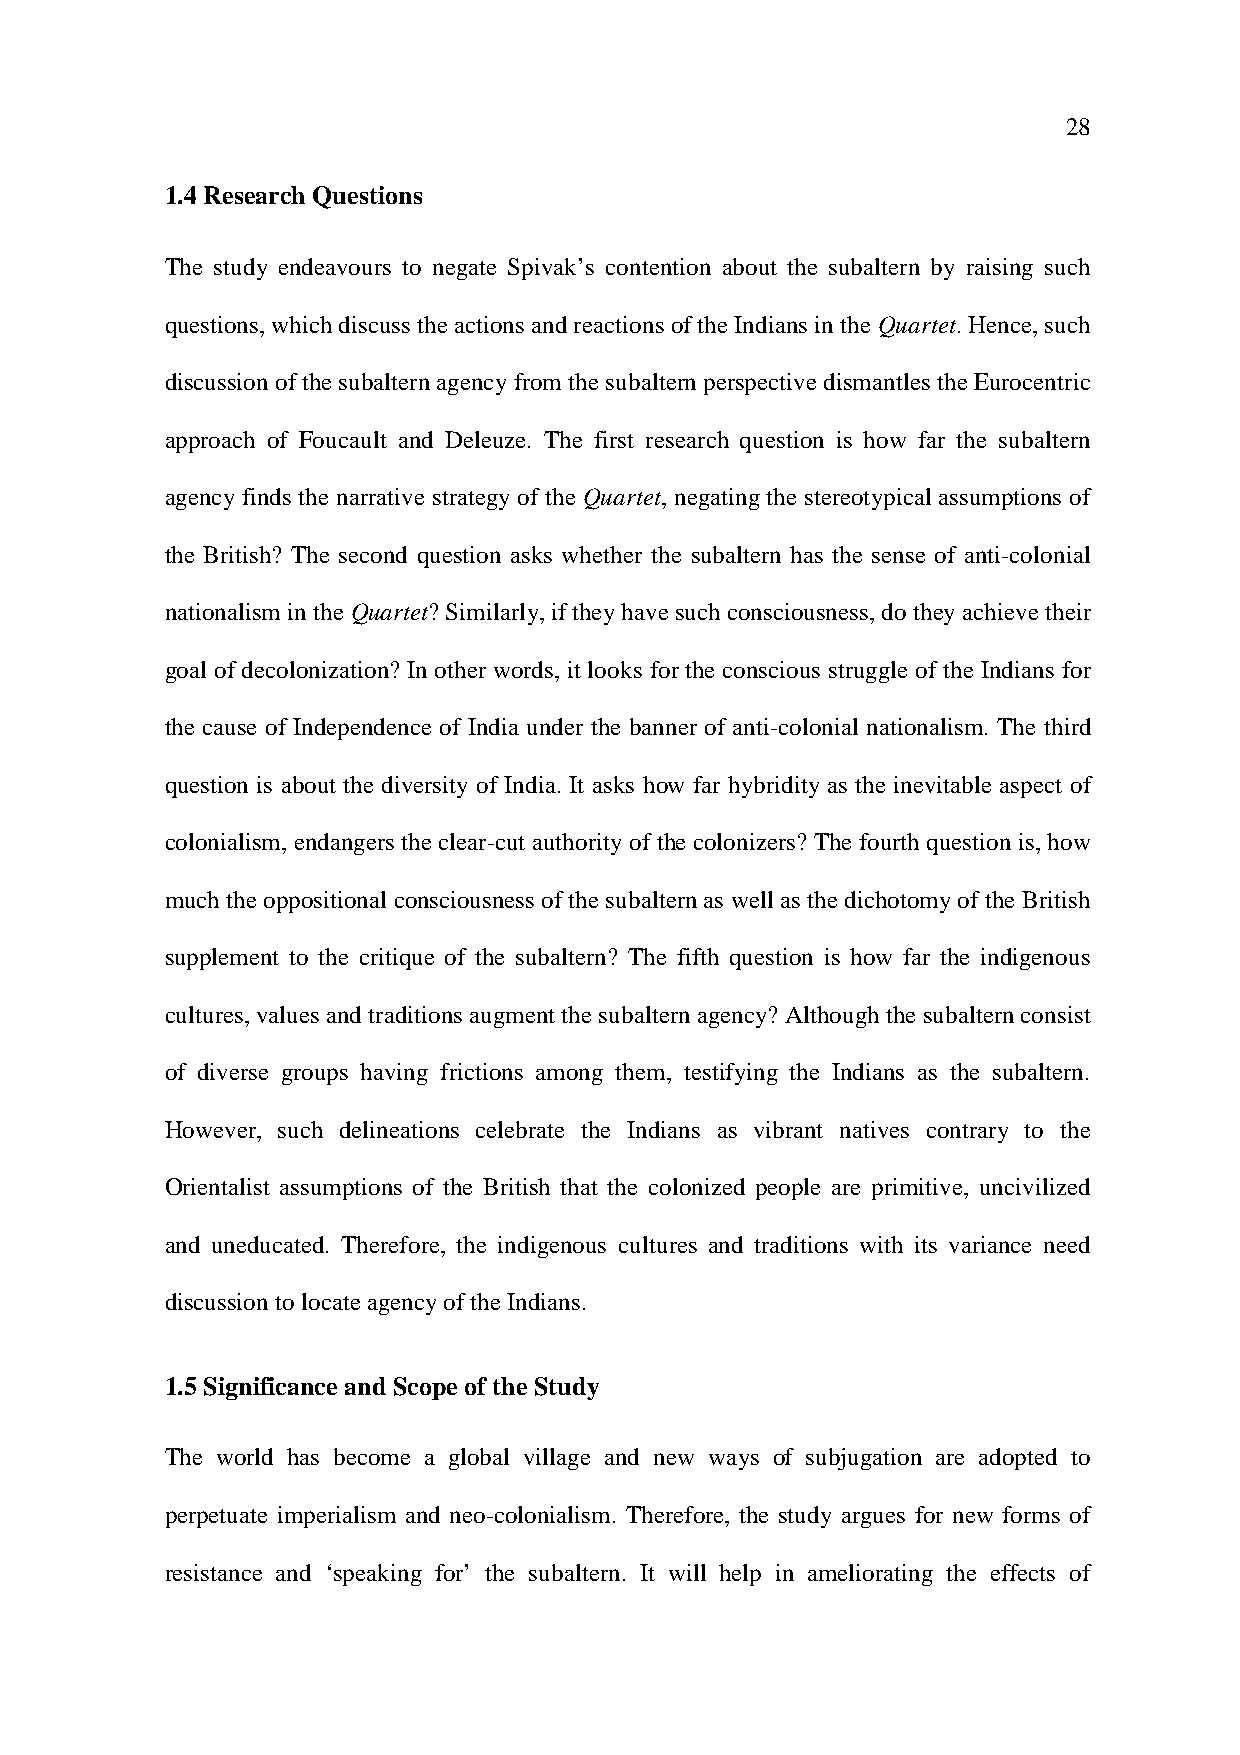
28
 1.4 Research Questions
 The study endeavours to negate Spivak’s contention about the subaltern by raising such
 questions, which discuss the actions and reactions of the Indians in the Quartet. Hence, such
 discussion of the subaltern agency from the subaltern perspective dismantles the Eurocentric
 approach of Foucault and Deleuze. The first research question is how far the subaltern
 agency finds the narrative strategy of the Quartet, negating the stereotypical assumptions of
 the British? The second question asks whether the subaltern has the sense of anti-colonial
 nationalism in the Quartet? Similarly, if they have such consciousness, do they achieve their
 goal of decolonization? In other words, it looks for the conscious struggle of the Indians for
 the cause of Independence of India under the banner of anti-colonial nationalism. The third
 question is about the diversity of India. It asks how far hybridity as the inevitable aspect of
 colonialism, endangers the clear-cut authority of the colonizers? The fourth question is, how
 much the oppositional consciousness of the subaltern as well as the dichotomy of the British
 supplement to the critique of the subaltern? The fifth question is how far the indigenous
 cultures, values and traditions augment the subaltern agency? Although the subaltern consist
 of diverse groups having frictions among them, testifying the Indians as the subaltern.
 However, such delineations celebrate the Indians as vibrant natives contrary to the
 Orientalist assumptions of the British that the colonized people are primitive, uncivilized
 and uneducated. Therefore, the indigenous cultures and traditions with its variance need
 discussion to locate agency of the Indians.
 1.5 Significance and Scope of the Study
 The world has become a global village and new ways of subjugation are adopted to
 perpetuate imperialism and neo-colonialism. Therefore, the study argues for new forms of
 resistance and ‘speaking for’ the subaltern. It will help in ameliorating the effects of